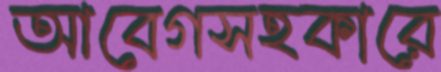
আবেগসহকারে